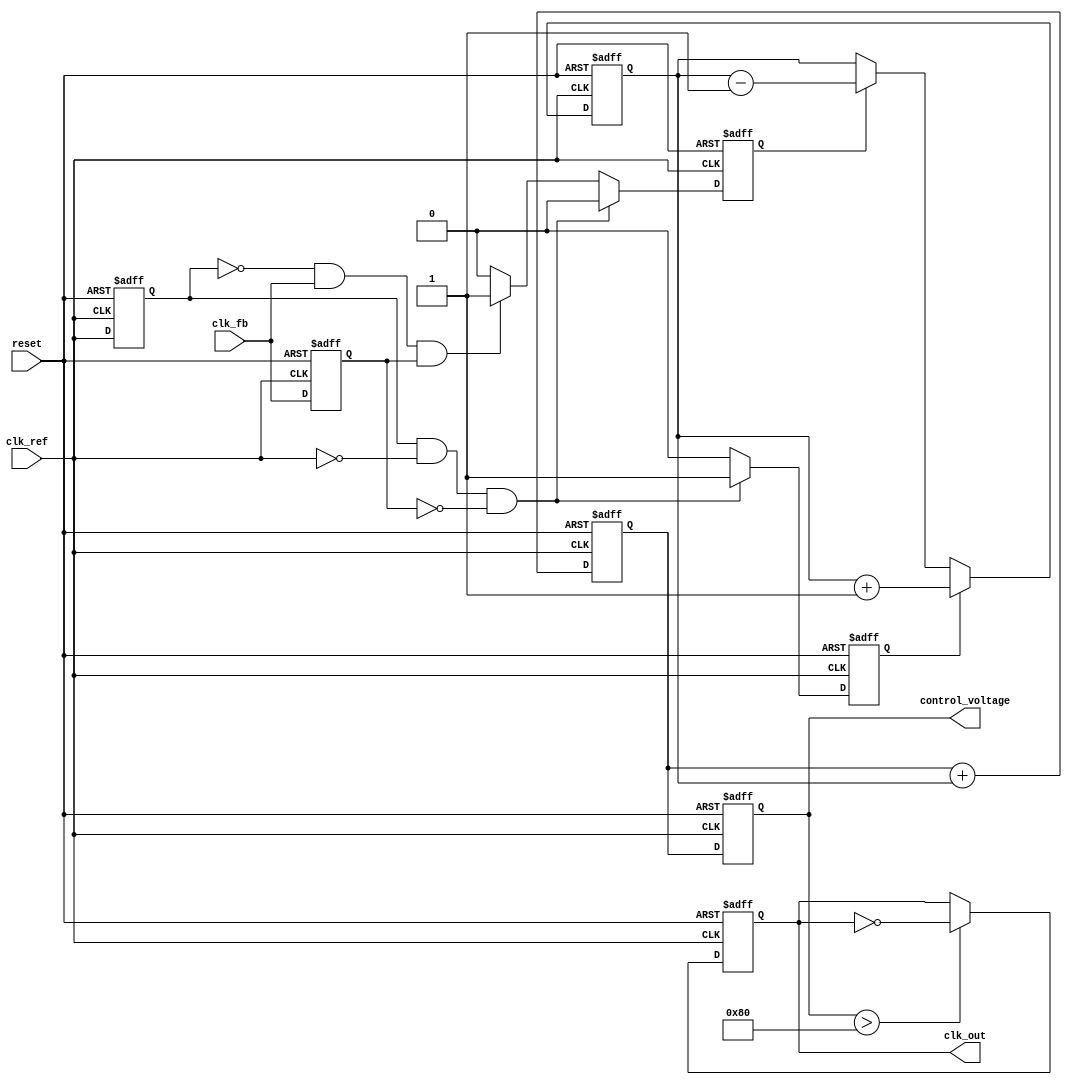
module pll_type1 (
    input wire clk_ref,        // Input reference clock
    input wire clk_fb,         // Feedback clock
    input wire reset,          // Reset signal
    output reg clk_out,        // Output clock
    output reg [7:0] control_voltage // Control voltage for VCO (simulated)
);

    // PFD signals
    reg pfd_up, pfd_down;
    reg pfd_last_clk_ref, pfd_last_clk_fb;

    // Charge pump signals
    reg [7:0] charge_pump_output;
    
    // VCO frequency multiplier
    parameter VCO_MULTIPLIER = 4; // Adjust multiplier according to needs

    // Loop filter (simple proportional filter)
    reg [7:0] loop_filter_value;

    // Handle phase frequency detection
    always @(posedge clk_ref or posedge reset) begin
        if (reset) begin
            pfd_up <= 0;
            pfd_down <= 0;
            pfd_last_clk_ref <= 0;
            pfd_last_clk_fb <= 0;
        end else begin
            pfd_last_clk_ref <= clk_ref;
            pfd_last_clk_fb <= clk_fb;

            // Phase comparison logic
            if (pfd_last_clk_ref && !clk_ref && !pfd_last_clk_fb) begin
                pfd_up <= 1;
                pfd_down <= 0;  // Reference clock leads
            end else if (!pfd_last_clk_ref && clk_fb && pfd_last_clk_fb) begin
                pfd_down <= 1;
                pfd_up <= 0;    // Feedback clock leads
            end else begin
                pfd_up <= 0;
                pfd_down <= 0;  // No phase difference
            end
        end
    end

    // Charge pump logic
    always @(posedge clk_ref or posedge reset) begin
        if (reset) begin
            charge_pump_output <= 8'b0;
        end else begin
            if (pfd_up) begin
                charge_pump_output <= charge_pump_output + 1; // Increase control voltage
            end else if (pfd_down) begin
                charge_pump_output <= charge_pump_output - 1; // Decrease control voltage
            end
        end
    end

    // Simple loop filter (integrator for smoothing)
    always @(posedge clk_ref or posedge reset) begin
        if (reset) begin
            loop_filter_value <= 8'b0;
        end else begin
            loop_filter_value <= loop_filter_value + charge_pump_output; // Simple integration
        end
    end

    // VCO simulation
    always @(posedge clk_ref or posedge reset) begin
        if (reset) begin
            control_voltage <= 8'b0;
            clk_out <= 0;
        end else begin
            control_voltage <= loop_filter_value;

            // VCO output generation
            if (control_voltage > 128) begin // Arbitrary threshold for frequency control
                clk_out <= ~clk_out;
            end
        end
    end

endmodule